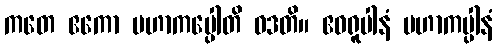
ကတေ ဧကော မဟာကပ္ပေါတိ ဝဒတိ။ ဧဝရူပါနံ မဟာကပ္ပါနံ